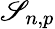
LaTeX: \mathscr{S}_{n,p}